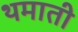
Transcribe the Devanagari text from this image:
थमाती